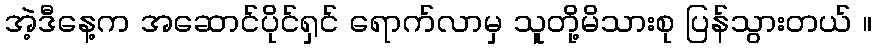
အဲ့ဒီနေ့က အဆောင်ပိုင်ရှင် ရောက်လာမှ သူတို့မိသားစု ပြန်သွားတယ် ။